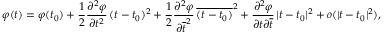
\varphi ( t ) = \varphi ( t _ { 0 } ) + \frac { 1 } { 2 } \frac { \partial ^ { 2 } \varphi } { \partial t ^ { 2 } } \, ( t - t _ { 0 } ) ^ { 2 } + \frac { 1 } { 2 } \frac { \partial ^ { 2 } \varphi } { \partial \overline { { t } } ^ { 2 } } \, \overline { { ( t - t _ { 0 } ) } } ^ { 2 } + \frac { \partial ^ { 2 } \varphi } { \partial t \partial \overline { { t } } } \, | t - t _ { 0 } | ^ { 2 } + o ( | t - t _ { 0 } | ^ { 2 } ) ,